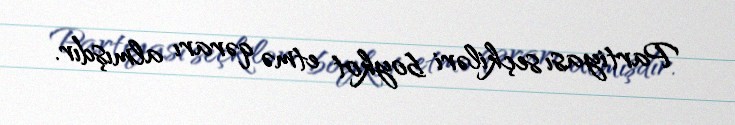
Partiyası seçkiləri boykot etmə qərarı almışdır.